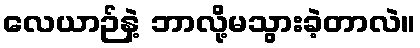
လေယာဉ်နဲ့ ဘာလို့မသွားခဲ့တာလဲ။